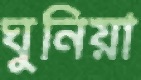
ঘুনিয়া